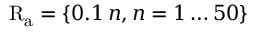
\mathrm { R _ { a } } = \{ 0 . 1 \, n , n = 1 \ldots 5 0 \}